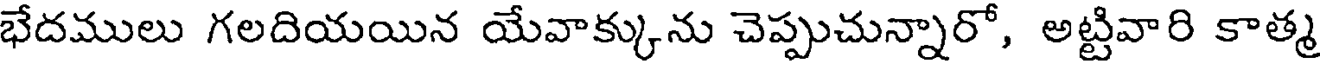
భేదములు గలదియయిన యేవాక్కును చెప్పుచున్నారో, అట్టివారి కాత్మ